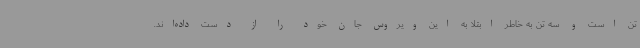
تن است و سه تن به خاطر ابتلا به این ویروس جان خود را از دست داده‌اند.